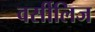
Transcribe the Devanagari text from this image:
वर्सीलिज